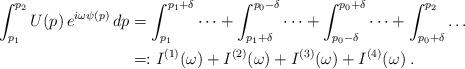
LaTeX: \begin{align*}\int_{p_1}^{p_2} U(p) \, e^{i \omega \psi(p)} \, dp& = \int_{p_1}^{p_1 + \delta} \dots + \int_{p_1 + \delta}^{p_0-\delta} \dots + \int_{p_0-\delta}^{p_0 + \delta} \dots + \int_{p_0 + \delta}^{p_2} \dots \\& =: I^{(1)}(\omega) + I^{(2)}(\omega) + I^{(3)}(\omega) + I^{(4)}(\omega) \; . \end{align*}